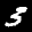
Label: 3